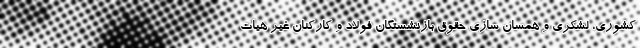
کشوری، لشکری و همسان سازی حقوق بازنشستگان فولاد و کارکنان غیر هیات